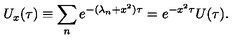
U _ { x } ( \tau ) \equiv \sum _ { n } e ^ { - ( \lambda _ { n } + x ^ { 2 } ) \tau } = e ^ { - x ^ { 2 } \tau } U ( \tau ) .